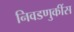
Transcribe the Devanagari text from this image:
निवडणुकींस